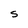
Character: S